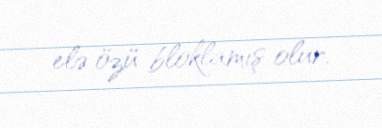
elə özü bloklamış olur.